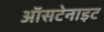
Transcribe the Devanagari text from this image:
ऑसटेनाइट